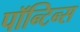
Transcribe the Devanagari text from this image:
पॉन्टिन्स